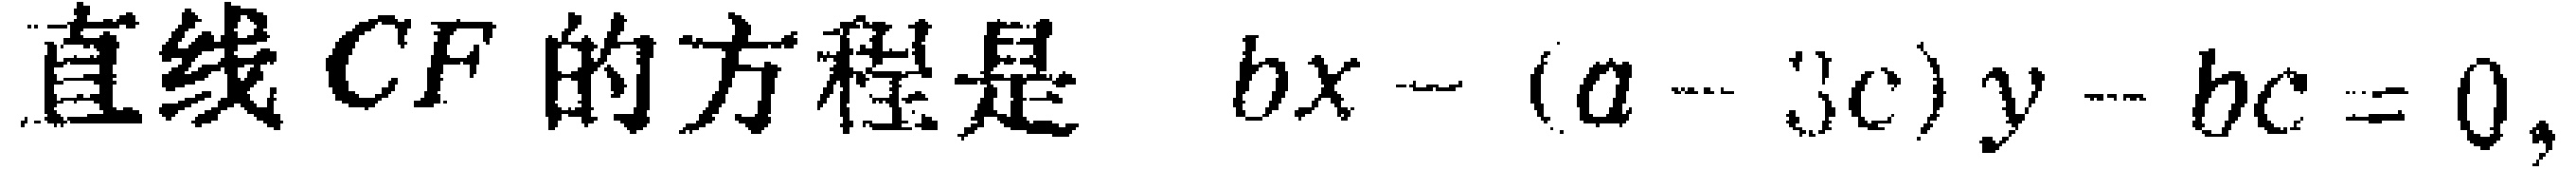
直线 \(CF\) 的方程是 \(bx - (a - 3c)y - bc = 0\)